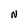
Character: N